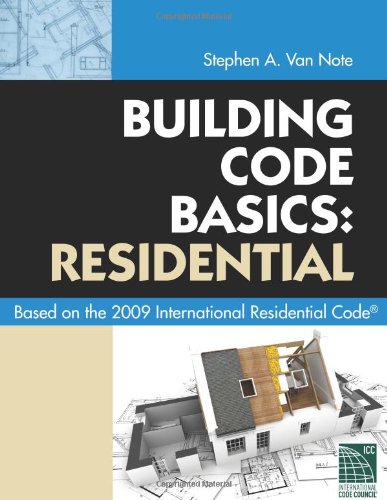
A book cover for Building Code Basics: Residential: Based on 2009 International Residential Code; International Code Council; Law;